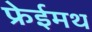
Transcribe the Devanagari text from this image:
फ्रेईमथ